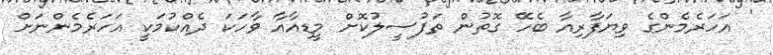
' އަހަރެމެންގެ ވިޔަފާރިއާ ބެހޭ ގޮތުން ތަފުސީލުކޮށް މީޑިއާއާ ވާހަކަ ދެއްކުމަކީ އަހަރެމެންނަށް